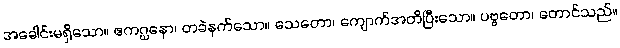
အခေါင်းမရှိသော။ ဧကဂ္ဃနော၊ တခဲနက်သော။ သေတော၊ ကျောက်အတိပြီးသော။ ပဗ္ဗတော၊ တောင်သည်။